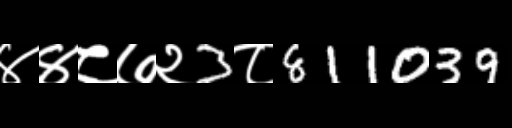
Text: ४४८७२3८811039